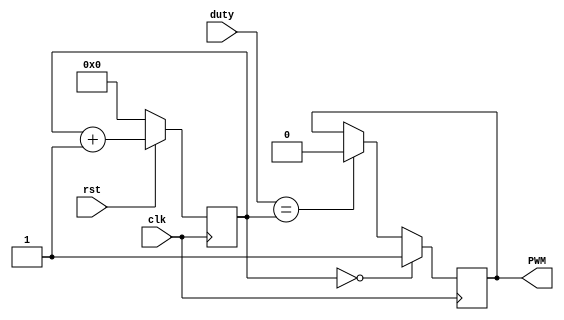
module dpwm (
    input clk,
    input rst,
    output PWM,
    input [7:0] duty
);

    wire clk;
    wire rst;

    reg [7:0] count;
    reg [7:0] zero_fill = 8'b00000000;
    reg q;
    wire out_comp1;
    wire out_comp2;

//Counter
always @(posedge clk) begin
    if (rst == 0) begin
        count <= 8'b00000000;
    end else begin
        count <= count +1;
    end
end

//n-bit comparator
// if (zero_fill == count) begin
//     assign out_comp1 = 1'b1;
// end else begin
//     assign out_comp1 = 1'b0;
// end

assign out_comp1 = zero_fill == count;

//n-bit comparator
// if (duty == count) begin
//     assign out_comp2 = 1'b1;
// end else begin
//     assign out_comp2 = 1'b0;
// end

assign out_comp2 = duty == count;

//FF S-R 
always @(posedge clk) begin
    if (out_comp1 == 1) begin
        q <= 1'b1;
    end else if (out_comp2 == 1) begin
        q <= 1'b0;
    end else if (out_comp1 == 0 & out_comp2 == 0) begin
        q <= q;
    end
end

assign PWM = q;

endmodule